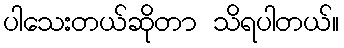
ပါသေးတယ်ဆိုတာ သိရပါတယ်။